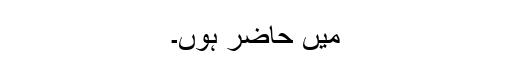
میں حاضر ہوں۔